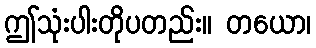
ဤသုံးပါးတိုပတည်း။ တယော၊